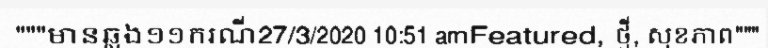
"""មានឆ្លង១១ករណី27/3/2020 10:51 amFeatured, ថ្មី, សុខភាព"""